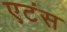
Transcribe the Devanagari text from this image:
एटंस